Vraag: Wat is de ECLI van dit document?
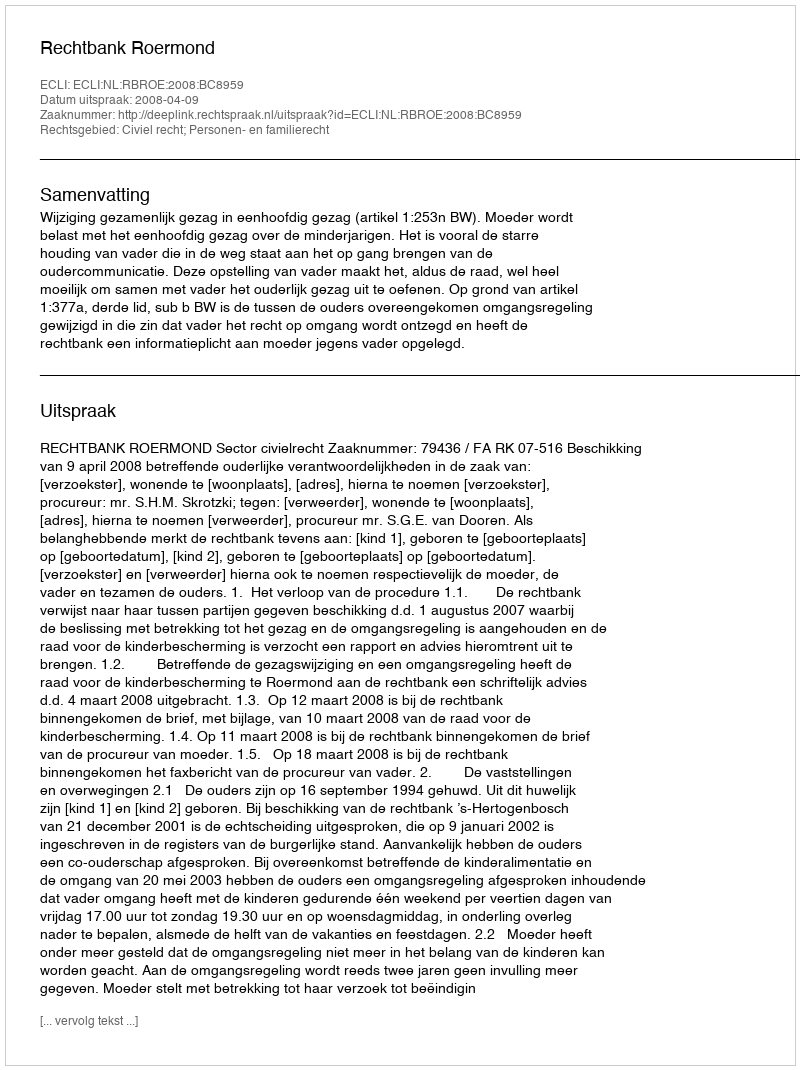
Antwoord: ECLI:NL:RBROE:2008:BC8959